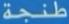
طَنْجِة